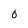
Character: 0